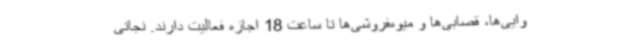
وایی‌ها، قصابی‌ها و میوه‌فروشی‌ها تا ساعت 18 اجازه فعالیت دارند. نجاتی